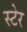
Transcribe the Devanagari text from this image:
स्टेर